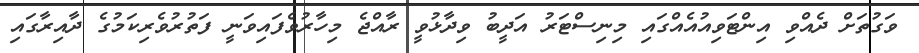
ވަގުތަށް ދެއްވި އިންޓަވިއުއެއްގައި މިނިސްޓަރު އަދީބު ވިދާޅުވީ ރާއްޖެ މިހާރުވެފައިވަނީ ފަތުރުވެރިކަމުގެ ދާއިރާގައި